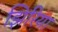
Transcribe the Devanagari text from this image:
झिरिया